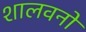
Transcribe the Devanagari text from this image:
शालवनों